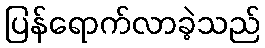
ပြန်ရောက်လာခဲ့သည်